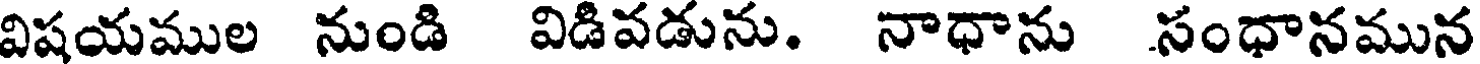
విషయముల నుండి విడివడును. నాధాను సంధానమున